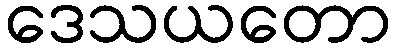
ဒေသယတော